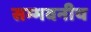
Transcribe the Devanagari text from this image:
सम्भवनीय